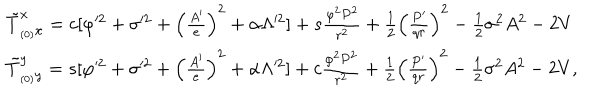
\begin{array} { l l } { { \tilde { T } _ { _ { ( 0 ) } x } ^ { x } = c [ \varphi ^ { 2 } + \sigma ^ { 2 } + \left( \frac { A ^ { \prime } } { e } \right) ^ { 2 } + \alpha \Lambda ^ { 2 } ] + s \frac { \varphi ^ { 2 } P ^ { 2 } } { r ^ { 2 } } + \frac { 1 } { 2 } \left( \frac { P ^ { \prime } } { q r } \right) ^ { 2 } - \frac { 1 } { 2 } \sigma ^ { 2 } A ^ { 2 } - 2 V } } \\ { { \tilde { T } _ { _ { ( 0 ) } y } ^ { y } = s [ \varphi ^ { 2 } + \sigma ^ { 2 } + \left( \frac { A ^ { \prime } } { e } \right) ^ { 2 } + \alpha \Lambda ^ { 2 } ] + c \frac { \varphi ^ { 2 } P ^ { 2 } } { r ^ { 2 } } + \frac { 1 } { 2 } \left( \frac { P ^ { \prime } } { q r } \right) ^ { 2 } - \frac { 1 } { 2 } \sigma ^ { 2 } A ^ { 2 } - 2 V , } } \\ \end{array}